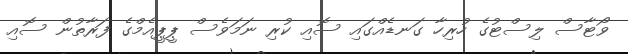
ވޯޓާސް ލިސްޓުގެ ހުރިހާ ގަނޑެއްގައި ސޮއި ކުރި ނަމަވެސް ޕީޕީއެމްގެ ފަރާތުން ސޮއި